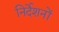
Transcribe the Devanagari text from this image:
निर्देशनों